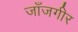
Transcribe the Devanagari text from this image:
जाँजगीर